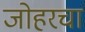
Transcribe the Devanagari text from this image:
जोहरचा